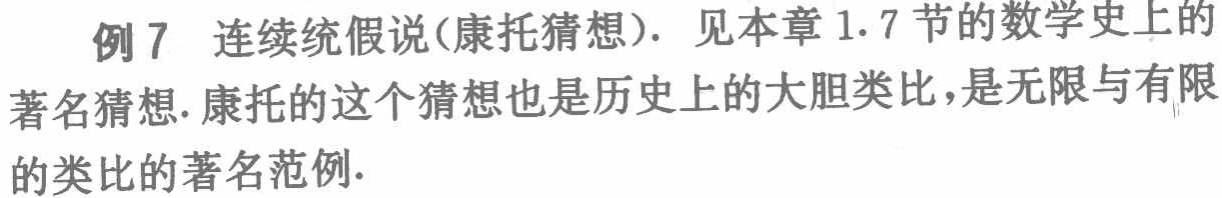
例7 连续统假说(康托猜想). 见本章1.7节的数学史上的
著名猜想. 康托的这个猜想也是历史上的大胆类比，是无限与有限
的类比的著名范例.